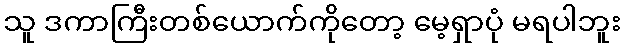
သူ ဒကာကြီးတစ်ယောက်ကိုတော့ မေ့ရှာပုံ မရပါဘူး